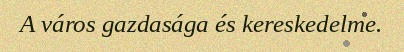
A város gazdasága és kereskedelme.